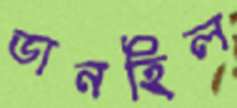
ডানহিল